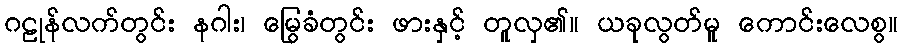
ဂဠုန်လက်တွင်း နဂါး၊ မြွေခံတွင်း ဖားနှင့် တူလှ၏။ ယခုလွတ်မူ ကောင်းလေစွ။